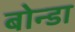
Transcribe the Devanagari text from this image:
बोन्डा